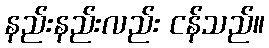
နည်းနည်းလည်း ငန်သည်။